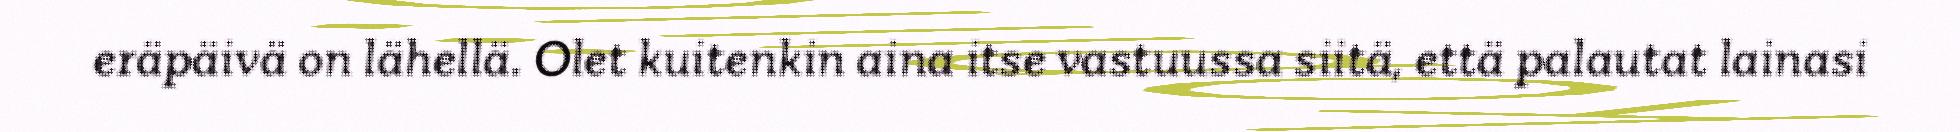
eräpäivä on lähellä. Olet kuitenkin aina itse vastuussa siitä, että palautat lainasi